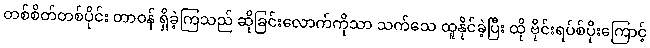
တစ်စိတ်တစ်ပိုင်း တာဝန် ရှိခဲ့ကြသည် ဆိုခြင်းလောက်ကိုသာ သက်သေ ထူနိုင်ခဲ့ပြီး ထို ဗိုင်းရပ်စ်ပိုးကြောင့်